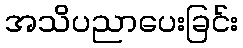
အသိပညာပေးခြင်း